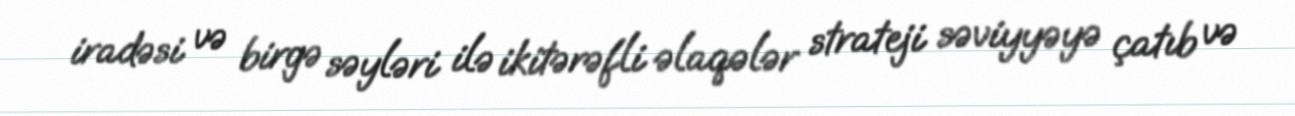
iradəsi və birgə səyləri ilə ikitərəfli əlaqələr strateji səviyyəyə çatıb və